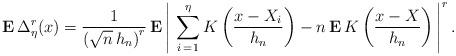
LaTeX: \begin{align*}{\bf E}\,\Delta _{\eta }^{r}(x)=\frac{1}{\left( \sqrt{n}\,h_{n}\right) ^{r}}\,{\bf E}\left| {\bf \,}\sum_{i{\bf \,}=1}^{\eta }K\left( \frac{x-X_{i}}{h_{n}}\right) -n\,{\bf E}\,K\left( \frac{x-X}{h_{n}}\right) \,\right| ^{r}.\end{align*}